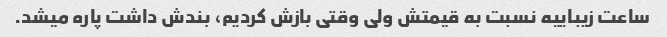
ساعت زیباییه نسبت به قیمتش ولی وقتی بازش کردیم، بندش داشت پاره میشد.